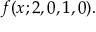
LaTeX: f ( x ; 2 , 0 , 1 , 0 ) .